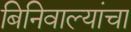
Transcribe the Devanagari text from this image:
बिनिवाल्यांचा